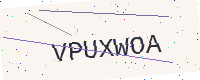
Text: VPUXWOA